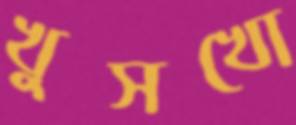
খুসখো